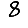
Digit: 8